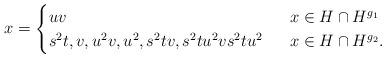
LaTeX: \begin{align*}x=\begin{cases}uv\ &\ x\in H\cap H^{g_1}\\s^2t,v,u^2v,u^2,s^2tv,s^2tu^2vs^2tu^2\ &\ x\in H\cap H^{g_2}.\end{cases}\end{align*}